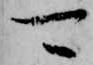
可